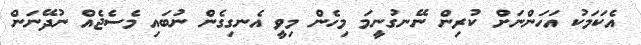
އެކަމަކު އަހަންނަށް ކުރިން ނޭނގުނީމަ މިހެން މިވީ އެނގިގެން ނުބައި މެސެޖެއް ނުދޭނަން